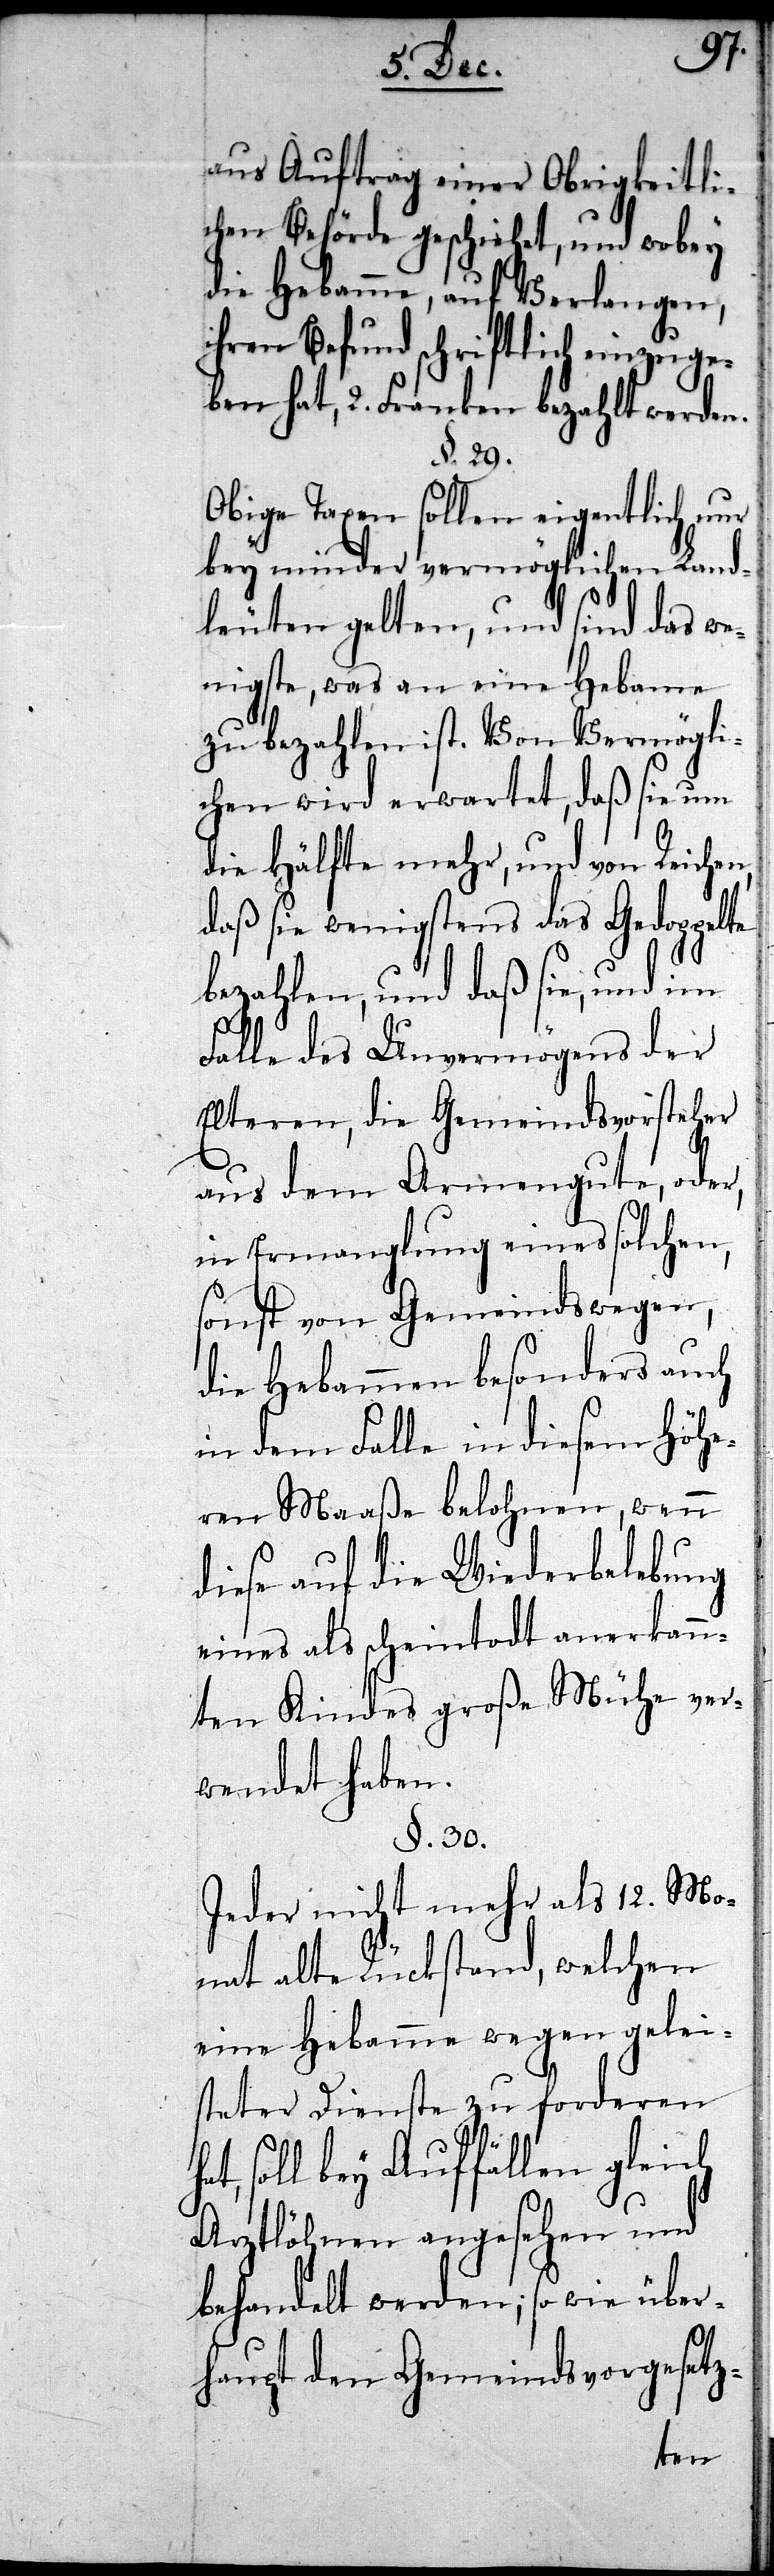
aus Auftrag einer Obrigkeitli¬
chen Behörde geschiehet, und wobey
die Hebamme, auf Verlangen,
ihren Befund schriftlich einzuge¬
ben hat, 2. Franken bezahlt werden.
§. 29.
Obige Taxen sollen eigentlich nur
bey minder vermöglichen Land¬
leuten gelten, und sind das w¬
enigste, was an eine Hebamme
zu bezahlen ist. Von Vermögli¬
chen wird erwartet, daß sie um
die Hälfte mehr, und von Reichen,
daß sie wenigstens das Gedoppelte
bezahlen, und daß sie, und im
Falle des Unvermögens der
Elteren, die Gemeindsvorsteher
aus dem Armengute, oder,
in Ermangelung eines solchen,
sonst von Gemeindswegen,
die Hebammen besonders auch
in dem Falle in diesem höh¬
wenn
eren Maaße belohnen,
diese auf die Wiederbelebung
eines als scheintodt anerkann¬
ten Kindes große Mühe ver¬
wendet haben.
§. 30.
Jeder nicht mehr als 12. Mo¬
nat alte Rückstand, welchen
eine Hebamme wegen gelei¬
steter Dienste zu forderen
soll bey Auffällen gleich
Arztlöhnen angesehen und
behandelt werden; so wie über¬
haupt den Gemeindsvorgesetz-